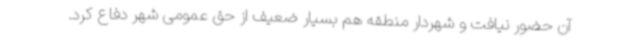
آن حضور نیافت و شهردار منطقه هم بسیار ضعیف از حق عمومی شهر دفاع کرد.